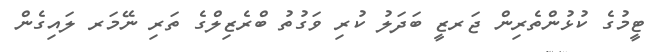
ޓީމުގެ ކުޅުންތެރިން ޖަރޒީ ބަދަލު ކުރި ވަގުތު ބްރެޒިލްގެ ތަރި ނޭމަރ ލައިގެން